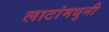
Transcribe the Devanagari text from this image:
लाटांमधुनी